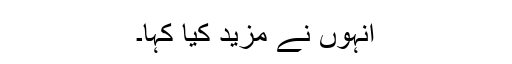
انہوں نے مزید کیا کہا۔